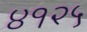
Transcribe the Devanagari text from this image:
४१२५